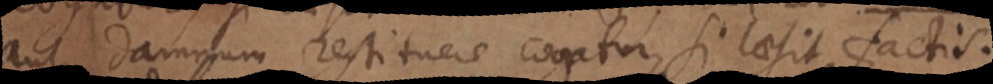
aut damnum restituere cogatur, si laesit factis.